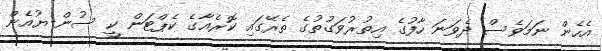
އެހެން ނަމަވެސް ދެވަނަ ހާފުގެ އިތުރުވަގުތުގެ ތެރޭގައި ކޮރެއާގެ ކެޕްޓަން ކީ ސުން-ޔުއެން